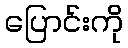
ပြောင်းကို